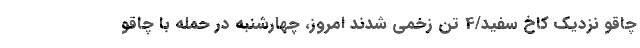
چاقو نزدیک کاخ سفید/4 تن زخمی شدند امروز،‌ چهارشنبه در حمله با چاقو